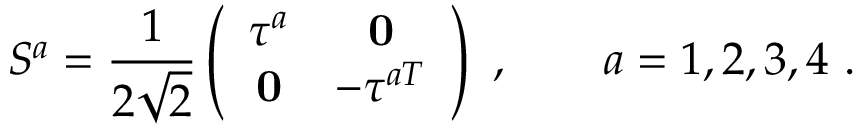
S ^ { a } = \frac { 1 } { 2 \sqrt { 2 } } \left( \begin{array} { c c } { { \tau ^ { a } } } & { { { \bf 0 } } } \\ { { { \bf 0 } } } & { { - \tau ^ { a T } } } \end{array} \right) \ , \qquad a = 1 , 2 , 3 , 4 \ .